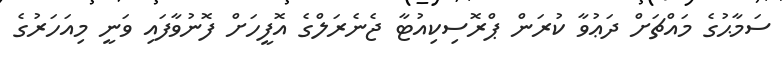
ސަމާޙުގެ މައްޗަށް ދަޢުވާ ކުރަން ޕްރޮސިކިއުޓާ ޖެނެރަލްގެ އޮފީހަށް ފޮނުވާފައި ވަނީ މިއަހަރުގެ